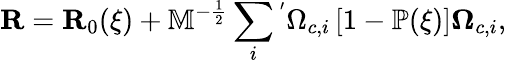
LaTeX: \mathbf{R}=\mathbf{R}_{0}(\xi)+\mathbb{M}^{-\frac{1}{2}}\sum_{i}{}^{'}\Omega_{c,i}\left[1-\mathbb{P}(\xi)\right]\mathbf{\Omega}_{c,i},